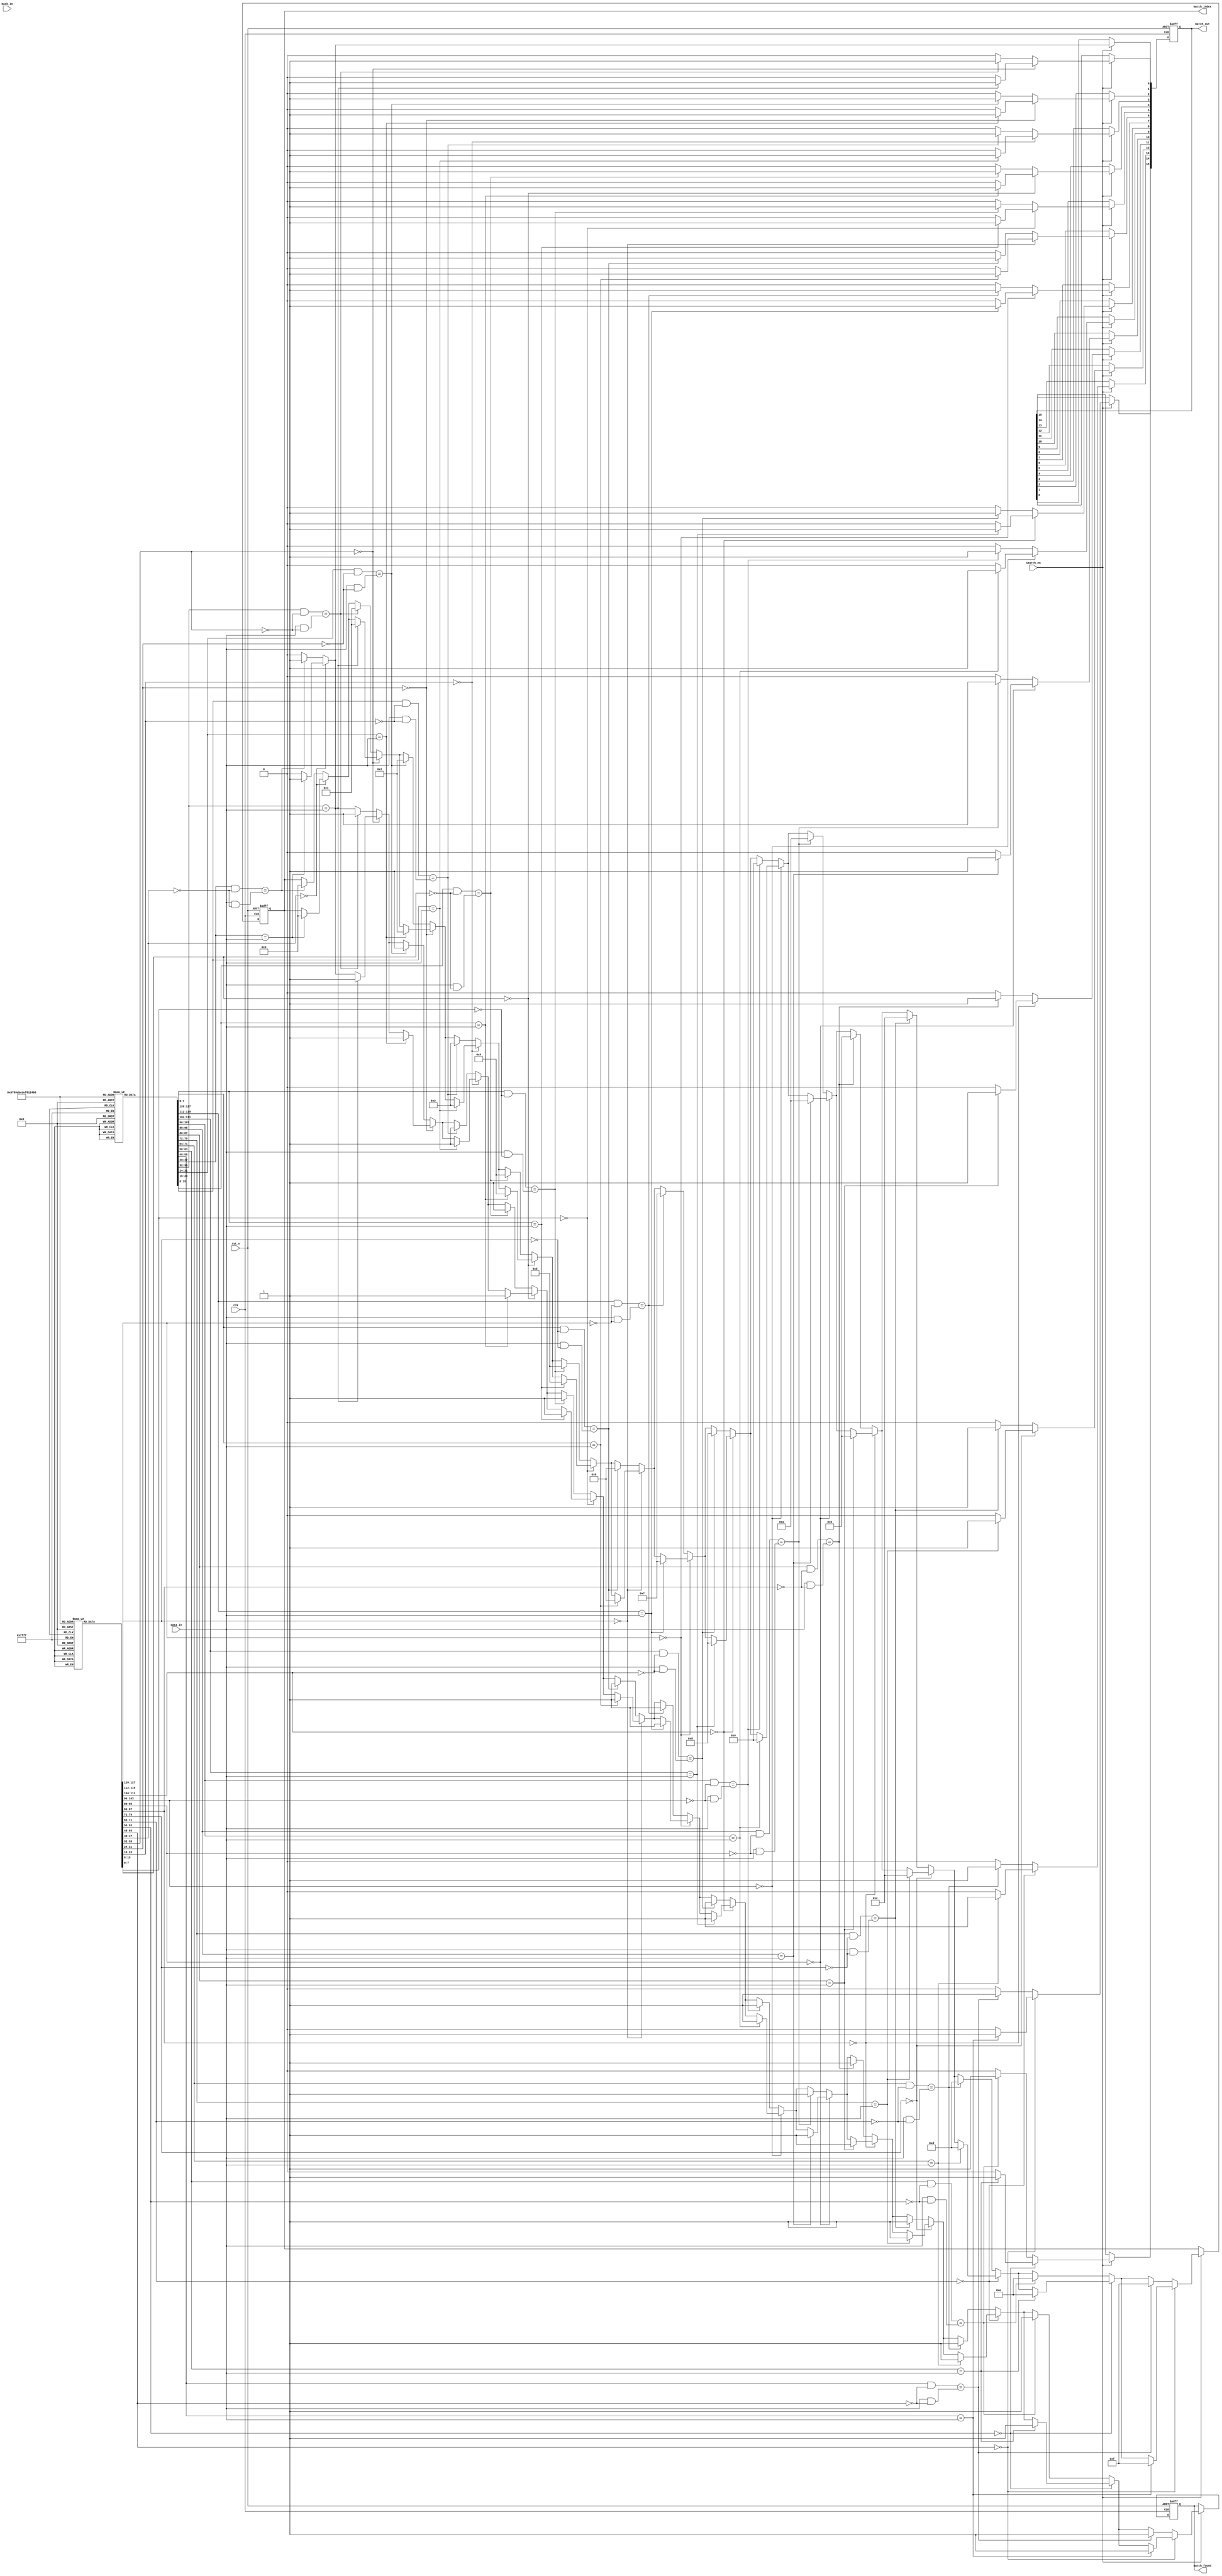
module hybrid_cam #(
    parameter DATA_WIDTH = 8, // Width of data stored in CAM
    parameter ENTRY_COUNT = 16 // Number of entries in CAM
) (
    input wire clk,
    input wire rst_n,
    input wire [DATA_WIDTH-1:0] data_in, // Data input for search
    input wire [DATA_WIDTH-1:0] mask_in, // Mask input for ternary search
    input wire search_en, // Search enable signal
    output reg [ENTRY_COUNT-1:0] match_out, // Match output (1 for match)
    output reg [$clog2(ENTRY_COUNT)-1:0] match_index, // Index of the first match
    output reg match_found // Match found signal
);

    // Memory array to store data
    reg [DATA_WIDTH-1:0] cam_memory [0:ENTRY_COUNT-1];
    reg [DATA_WIDTH-1:0] cam_mask [0:ENTRY_COUNT-1]; // Masks for ternary matching

    integer i;

    // Initialize CAM memory and masks (for simulation purposes)
    initial begin
        // Example initialization (can be modified)
        for (i = 0; i < ENTRY_COUNT; i = i + 1) begin
            cam_memory[i] = 8'b0; // Initialize data to 0
            cam_mask[i] = 8'b0;    // Initialize masks to 0
        end
    end

    // Search process
    always @(posedge clk or negedge rst_n) begin
        if (!rst_n) begin
            match_out <= 0;
            match_index <= 0;
            match_found <= 0;
        end else if (search_en) begin
            match_found <= 0;
            match_out <= 0;

            // Perform search
            for (i = 0; i < ENTRY_COUNT; i = i + 1) begin
                // Binary match (exact match)
                if (cam_mask[i] == 0) begin
                    if (cam_memory[i] == data_in) begin
                        match_out[i] <= 1;
                        match_found <= 1;
                        match_index <= i;
                    end
                end else begin
                    // Ternary match (with mask)
                    if ((cam_memory[i] & ~cam_mask[i]) == (data_in & ~cam_mask[i])) begin
                        match_out[i] <= 1;
                        match_found <= 1;
                        match_index <= i;
                    end
                end
            end
        end
    end

    // Optional: Write data to CAM (for testing purposes)
    task write_entry(input [DATA_WIDTH-1:0] data, input [DATA_WIDTH-1:0] mask, input [ENTRY_COUNT-1:0] index);
        begin
            if (index < ENTRY_COUNT) begin
                cam_memory[index] = data;
                cam_mask[index] = mask;
            end
        end
    endtask

endmodule